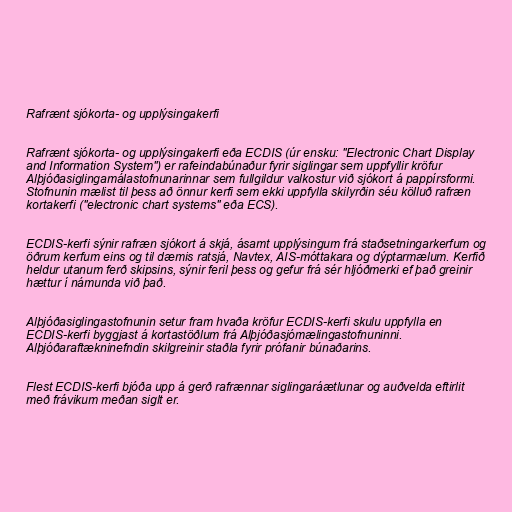
Rafrænt sjókorta- og upplýsingakerfi

Rafrænt sjókorta- og upplýsingakerfi eða ECDIS (úr ensku: "Electronic Chart Display
and Information System") er rafeindabúnaður fyrir siglingar sem uppfyllir kröfur
Alþjóðasiglingamálastofnunarinnar sem fullgildur valkostur við sjókort á pappírsformi.
Stofnunin mælist til þess að önnur kerfi sem ekki uppfylla skilyrðin séu kölluð rafræn
kortakerfi ("electronic chart systems" eða ECS).

ECDIS-kerfi sýnir rafræn sjókort á skjá, ásamt upplýsingum frá staðsetningarkerfum og
öðrum kerfum eins og til dæmis ratsjá, Navtex, AIS-móttakara og dýptarmælum. Kerfið
heldur utanum ferð skipsins, sýnir feril þess og gefur frá sér hljóðmerki ef það greinir
hættur í námunda við það.

Alþjóðasiglingastofnunin setur fram hvaða kröfur ECDIS-kerfi skulu uppfylla en
ECDIS-kerfi byggjast á kortastöðlum frá Alþjóðasjómælingastofnuninni.
Alþjóðaraftækninefndin skilgreinir staðla fyrir prófanir búnaðarins.

Flest ECDIS-kerfi bjóða upp á gerð rafrænnar siglingaráætlunar og auðvelda eftirlit
með frávikum meðan siglt er.